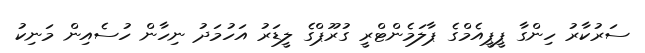
ސަރުކާރު ހިންގާ ޕީޕީއެމްގެ ޕާލަމެންޓްރީ ގުރޫޕްގެ ލީޑަރު އަހުމަދު ނިހާން ހުސެއިން މަނިކު